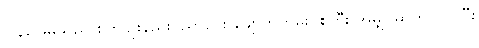
ပြန်ဖြေမိသည် စိုက်ပျိုးနည်းပညာပေး ချောက်ကမ်းပါးကြီး အမျှင်ဓာတ်ပါဝင်ပြီး